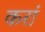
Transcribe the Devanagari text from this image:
करां